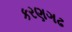
કરણગઢ